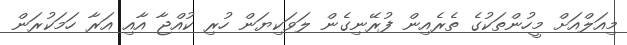
މިއަލްއަށް މީހުންތަކުގެ ތެރެއިން ފުރޭނިގެން ލަވަކިޔަން ހުރި ކުއްޖާ އާއި އަރާ ހަމަކުރަން